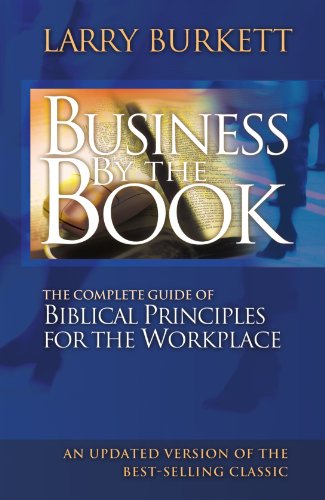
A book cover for Business By The Book: Complete Guide of Biblical Principles for the Workplace; Larry Burkett; Christian Books & Bibles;